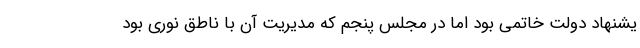
یشنهاد دولت خاتمی بود اما در مجلس پنجم که مدیریت آن با ناطق نوری بود